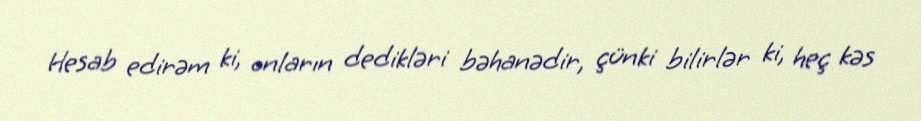
Hesab edirəm ki, onların dedikləri bəhanədir, çünki bilirlər ki, heç kəs